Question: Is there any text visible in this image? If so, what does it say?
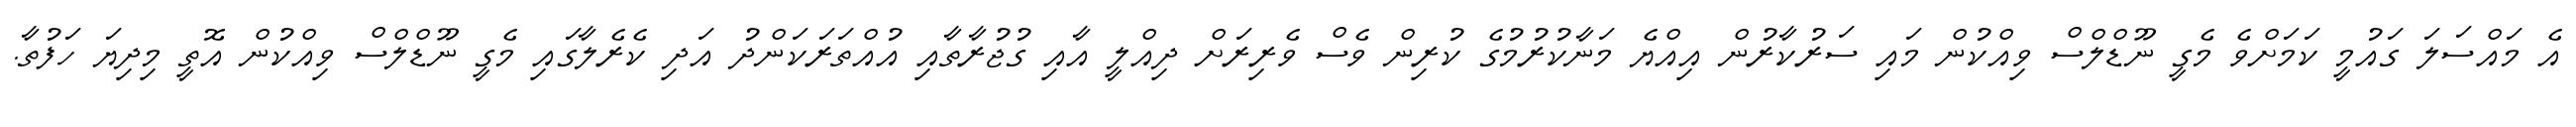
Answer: އެ މައްސަލަ ގައުމީ ކަމަށްވެ މެގީ ނޫޑްލްސް ވިއްކުން މައި ސަރުކާރުން އިއްޔެ މަނާކުރުމުގެ ކުރިން ވެސް ވެރިރަށް ދިއްލީ އާއި ގުޖުރާތާއި އުއްތަރަކަންދު އަދި ކެރެލާގައި މެގީ ނޫޑްލްސް ވިއްކުން އޮތީ މިދިޔަ ހަފުތާ.